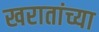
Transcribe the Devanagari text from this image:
खरातांच्या